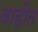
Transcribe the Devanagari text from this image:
बाढ़ीत